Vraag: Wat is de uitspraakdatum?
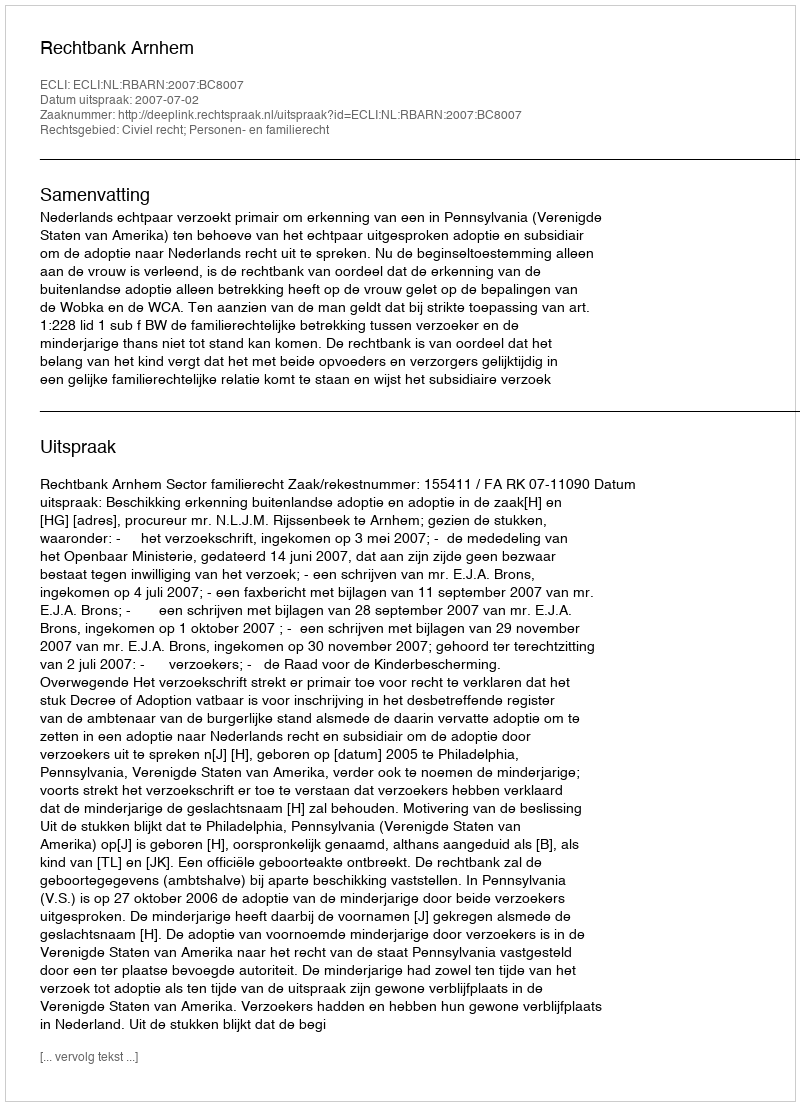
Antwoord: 2007-07-02